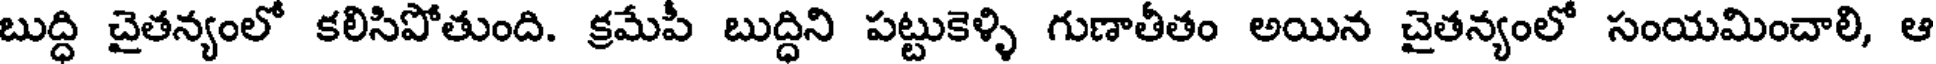
బుద్ధి చైతన్యంలో కలిసిపోతుంది. క్రమేపీ బుద్ధిని పట్టుకెళ్ళి గుణాతీతం అయిన చైతన్యంలో సంయమించాలి, ఆ